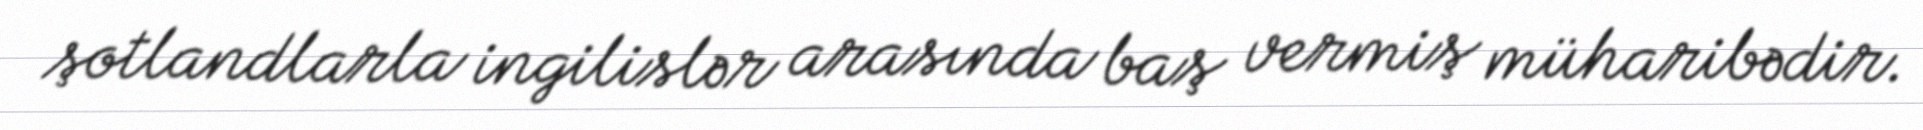
şotlandlarla ingilislər arasında baş vermiş müharibədir.